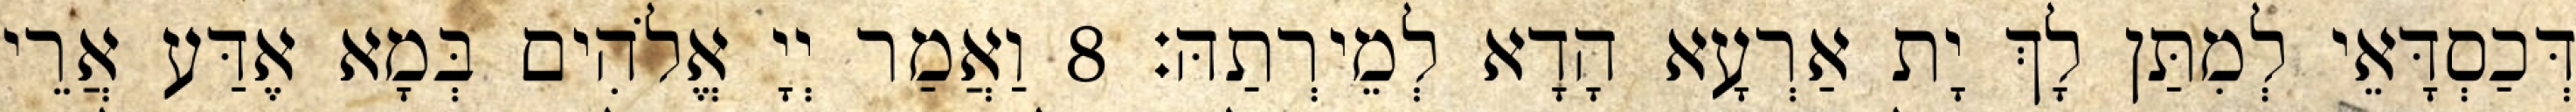
דְּכַסְדָּאֵי לְמִתַּן לָךְ יָת אַרְעָא הָדָא לְמֵירְתַהּ׃ 8 וַאֲמַר יְיָ אֱלֹהִים בְּמָא אֶדַּע אֲרֵי